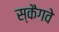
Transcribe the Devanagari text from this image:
स्कैगवे